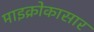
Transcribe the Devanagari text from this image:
माइक्रोकासार